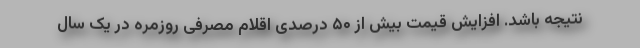
نتیجه باشد. افزایش قیمت بیش از ۵۰ درصدی اقلام مصرفی روزمره در یک سال